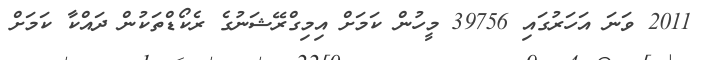
2011 ވަނަ އަހަރުގައި 39756 މީހުން ކަމަށް އިމިގްރޭޝަނުގެ ރެކޯޑްތަކުން ދައްކާ ކަމަށް